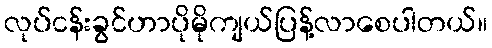
လုပ်ငန်းခွင်ဟာပိုမိုကျယ်ပြန့်လာစေပါတယ်။